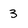
Character: 3